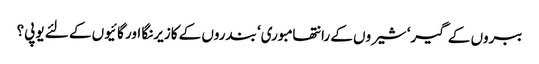
ببروں کے گیر‘ شیروں کے رانتھامبوری‘ بندروں کے کازیرنگا اور گائیوں کے لئے یوپی؟